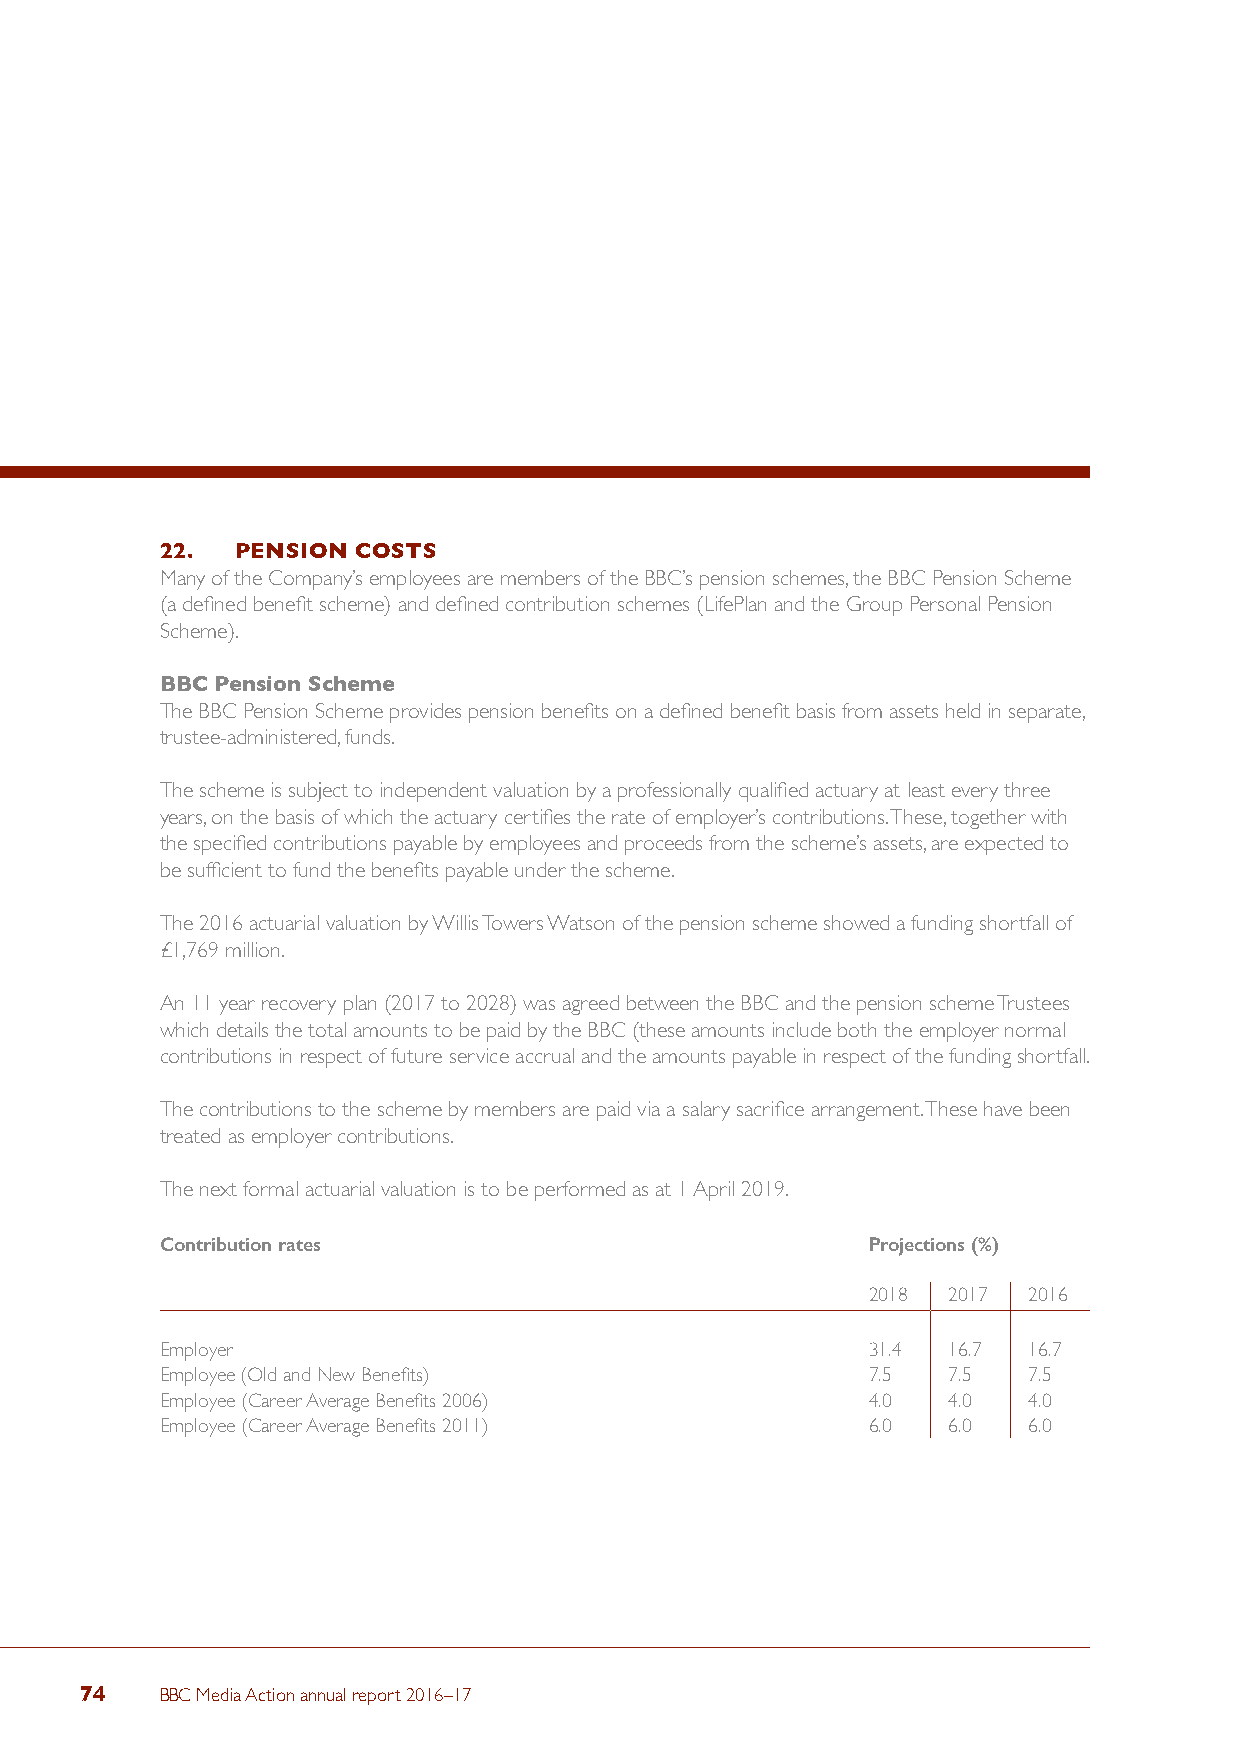
22.  PENSION COSTS
 Many of the Company’s employees are members of the BBC’s pension schemes, the BBC Pension Scheme
 (a defined benefit scheme) and defined contribution schemes (LifePlan and the Group Personal Pension
 Scheme).
 BBC Pension Scheme
 The BBC Pension Scheme provides pension benefits on a defined benefit basis from assets held in separate,
 trustee-administered, funds.
 The scheme is subject to independent valuation by a professionally qualified actuary at least every three
 years, on the basis of which the actuary certifies the rate of employer’s contributions. These, together with
 the specified contributions payable by employees and proceeds from the scheme’s assets, are expected to
 be sufficient to fund the benefits payable under the scheme.
 The 2016 actuarial valuation by Willis Towers Watson of the pension scheme showed a funding shortfall of
 £1,769 million.
 An 11 year recovery plan (2017 to 2028) was agreed between the BBC and the pension scheme Trustees
 which details the total amounts to be paid by the BBC (these amounts include both the employer normal
 contributions in respect of future service accrual and the amounts payable in respect of the funding shortfall.
 The contributions to the scheme by members are paid via a salary sacrifice arrangement. These have been
 treated as employer contributions.
 The next formal actuarial valuation is to be performed as at 1 April 2019.
 Contribution rates                            Projections (%)
 2018  2017 2016
 Employer                                      31.4  16.7 16.7
 Employee (Old and New Benefits)               7.5   7.5  7.5
 Employee (Career Average Benefits 2006)       4.0   4.0  4.0
 Employee (Career Average Benefits 2011)       6.0   6.0  6.0
 74    BBC Media Action annual report 2016–17